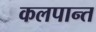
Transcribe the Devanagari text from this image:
कलपान्त